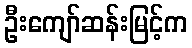
ဦးကျော်ဆန်းမြင့်က